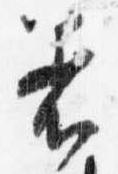
着